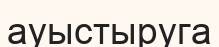
ауыстыруга